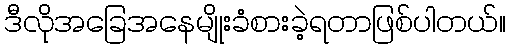
ဒီလိုအခြေအနေမျိုးခံစားခဲ့ရတာဖြစ်ပါတယ်။